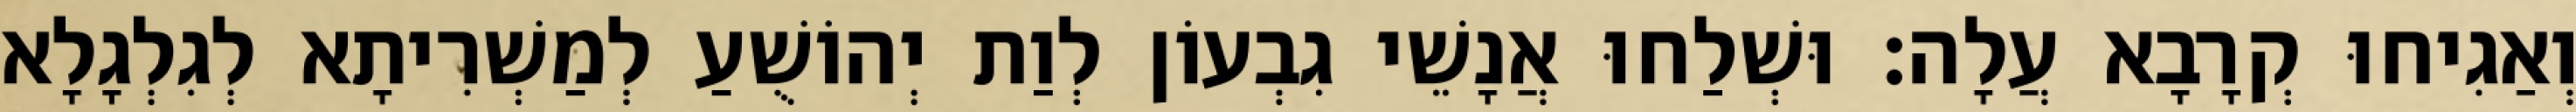
וְאַגִיחוּ קְרָבָא עֲלָה׃ וּשְׁלַחוּ אֲנָשֵׁי גִבְעוֹן לְוַת יְהוֹשֻׁעַ לְמַשְׁרִיתָא לְגִלְגָלָא